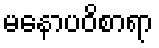
မနောပဝိစာရာ